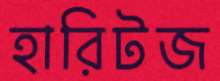
হারিটজ